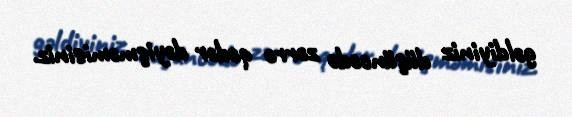
gəldiyiniz düşüncədə zərrə qədər dəyişməmisiniz.